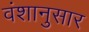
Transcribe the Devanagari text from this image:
वंशानुसार